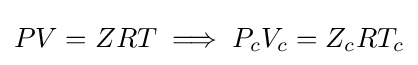
PV=ZRT\implies P_{c}V_{c}=Z_{c}RT_{c}